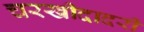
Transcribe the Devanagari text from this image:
चरखीदादरी